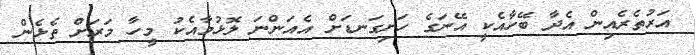
އަރުތެރެއިން އެދާ ބޭހާއެކީ އޭނަގެ ހަށިގަނޑަށް އެއަންނަ ލޮޅުމާއެކު މީހާ މަރަށް ތެޅެން